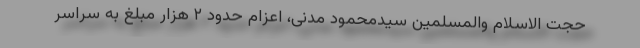
حجت الاسلام والمسلمین سیدمحمود مدنی، اعزام حدود ۲ هزار مبلغ به سراسر